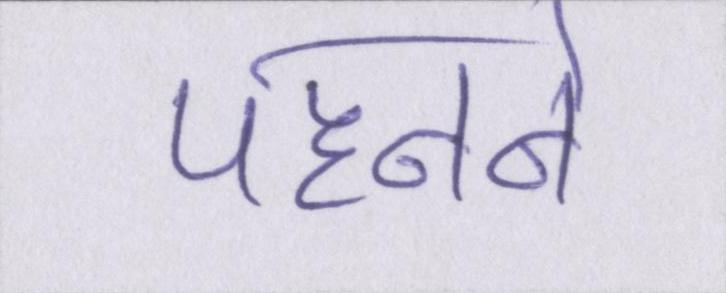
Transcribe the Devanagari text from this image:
पहनने